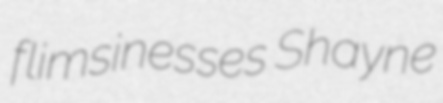
flimsinesses Shayne